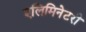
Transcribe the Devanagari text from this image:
एलिमिनेटरी